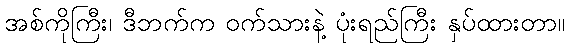
အစ်ကိုကြီး၊ ဒီဘက်က ဝက်သားနဲ့ ပုံးရည်ကြီး နှပ်ထားတာ။